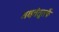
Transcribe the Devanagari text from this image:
अक्षतंतूतर्फे